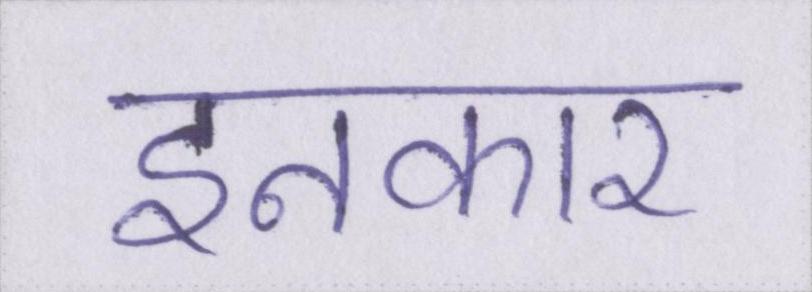
इनकार